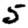
Digit: 5